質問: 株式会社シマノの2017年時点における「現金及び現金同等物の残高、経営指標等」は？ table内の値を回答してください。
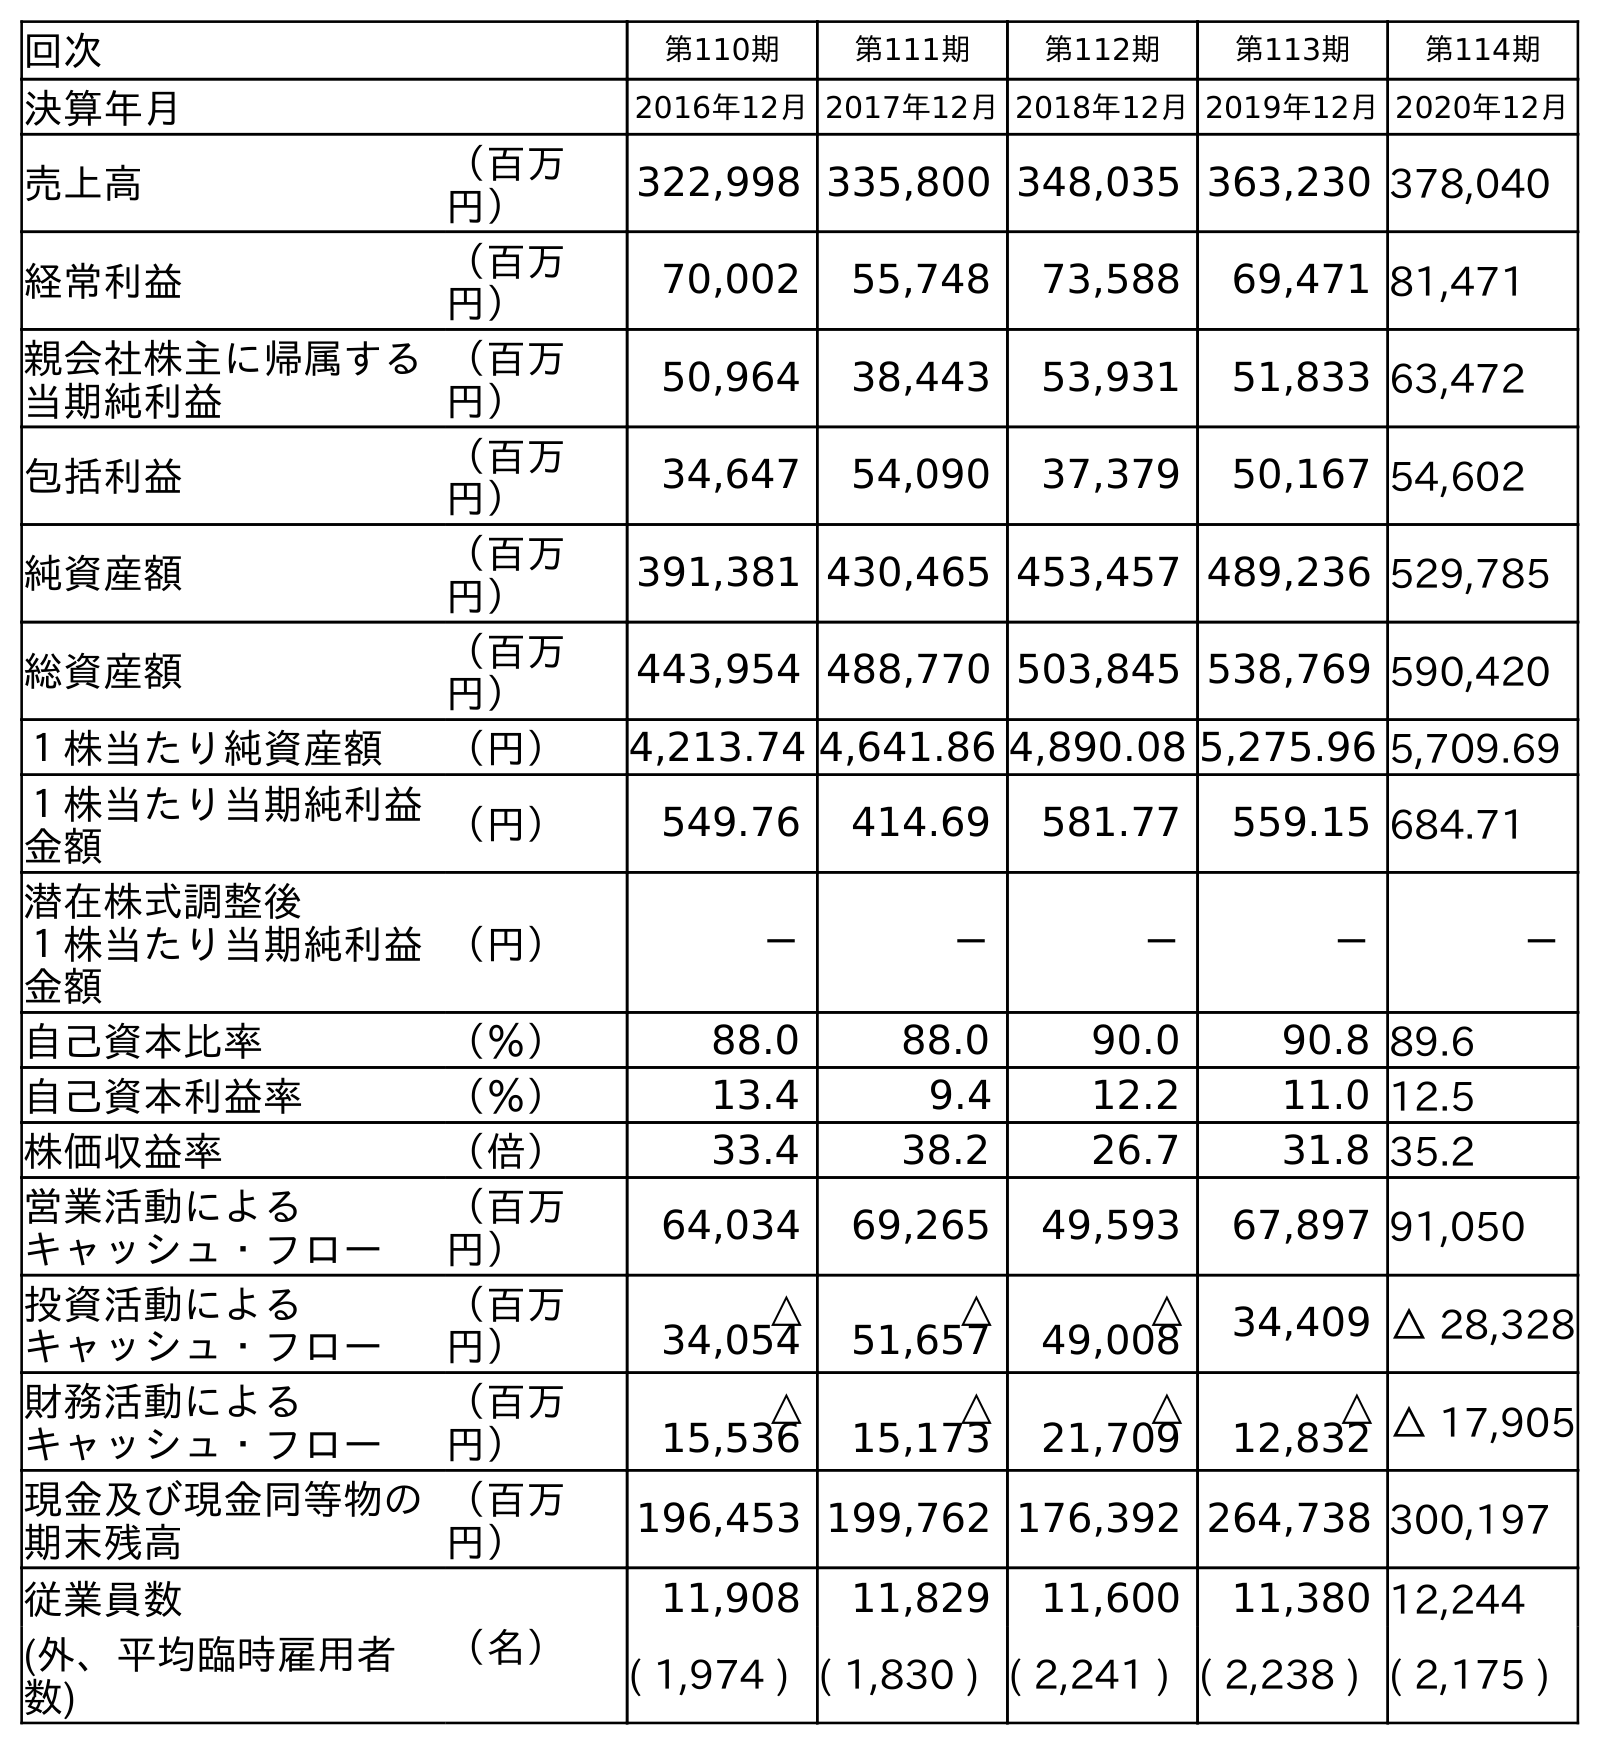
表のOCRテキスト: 回次 第110期 第111期 第112期 第113期 第114期 決算年月 2016年12月2017年12月2018年12月2019年12月2020年12月 売上高 （百万 円） 322,998 335,800 348,035 363,230 378,040 経常利益 （百万 円） 70,002 55,748 73,588 69,471 81,471 親会社株主に帰属する 当期純利益 （百万 円） 50,964 38,443 53,931 51,833 63,472 包括利益 （百万 円） 34,647 54,090 37,379 50,167 54,602 純資産額 （百万 円） 391,381 430,465 453,457 489,236 529,785 総資産額 （百万 円） 443,954 488,770 503,845 538,769 590,420 １株当たり純資産額 （円） 4,213.74 4,641.86 4,890.08 5,275.96 5,709.69 １株当たり当期純利益 金額 （円） 549.76 414.69 581.77 559.15 684.71 潜在株式調整後 １株当たり当期純利益 金額 （円） － － － － － 自己資本比率 （％） 88.0 88.0 90.0 90.8 89.6 自己資本利益率 （％） 13.4 9.4 12.2 11.0 12.5 株価収益率 （倍） 33.4 38.2 26.7 31.8 35.2 営業活動による キャッシュ・フロー （百万 円） 64,034 69,265 49,593 67,897 91,050 投資活動による キャッシュ・フロー （百万 円） △ 34,054 △ 51,657 △ 49,008 34,409 △ 28,328 財務活動による キャッシュ・フロー （百万 円） △ 15,536 △ 15,173 △ 21,709 △ 12,832 △ 17,905 現金及び現金同等物の 期末残高 （百万 円） 196,453 199,762 176,392 264,738 300,197 従業員数 （名） 11,908 11,829 11,600 11,380 12,244 (外、平均臨時雇用者 数) ( 1,974 ) ( 1,830 ) ( 2,241 ) ( 2,238 ) ( 2,175 )
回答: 199,762